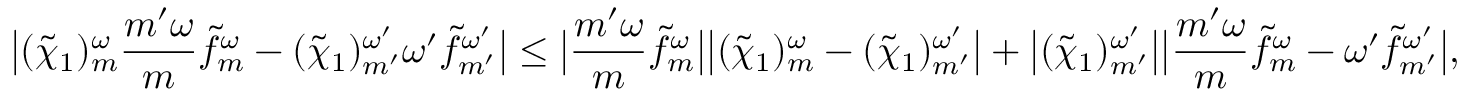
\big | ( \widetilde { \chi } _ { 1 } ) _ { m } ^ { \omega } \frac { { m ^ { \prime } } \omega } { m } \widetilde { f } _ { m } ^ { \omega } - ( \widetilde { \chi } _ { 1 } ) _ { m ^ { \prime } } ^ { \omega ^ { \prime } } { \omega ^ { \prime } } \widetilde { f } _ { m ^ { \prime } } ^ { \omega ^ { \prime } } \big | \leq \big | { \frac { { m ^ { \prime } } \omega } { m } } \widetilde { f } _ { m } ^ { \omega } \big | \big | ( \widetilde { \chi } _ { 1 } ) _ { m } ^ { \omega } - ( \widetilde { \chi } _ { 1 } ) _ { m ^ { \prime } } ^ { \omega ^ { \prime } } \big | + \big | ( \widetilde { \chi } _ { 1 } ) _ { m ^ { \prime } } ^ { \omega ^ { \prime } } \big | \big | { \frac { { m ^ { \prime } } \omega } { m } } \widetilde { f } _ { m } ^ { \omega } - { \omega ^ { \prime } } \widetilde { f } _ { m ^ { \prime } } ^ { \omega ^ { \prime } } \big | ,